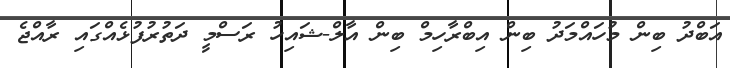
އަބްދު ބިން މުހައްމަދު ބިން އިބްރާހިމް ބިން އާލް-ޝައިހު ރަސްމީ ދަތުރުފުޅެއްގައި ރާއްޖެ